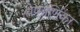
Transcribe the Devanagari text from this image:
श्लेष्मोर्णिका